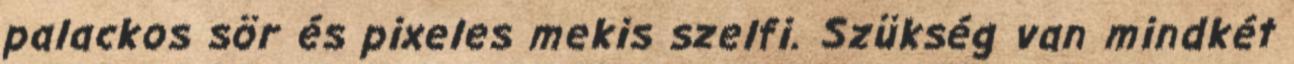
palackos sör és pixeles mekis szelfi. Szükség van mindkét